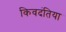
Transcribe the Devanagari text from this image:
किवदंतिया